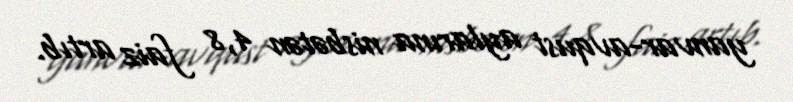
yanvar-avqust aylarına nisbətən 4,8 faiz artıb.